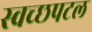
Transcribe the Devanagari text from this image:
स्वच्छपटल